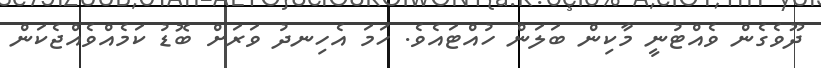
ދޫވެގެން ވެއްޓުނީ މާކިން ބަލަން ހުއްޓައެވެ. ހަމަ އެހިނދު ވަރަށް ބޮޑު ކަމެއްވެއްޖެކަން